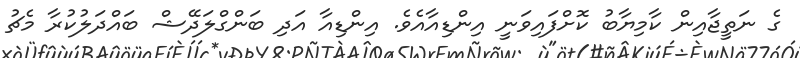
ގެ ނަތީޖާއިން ކާމިޔާބު ކޮށްފައިވަނީ އިންޑިއާއެވެ. އިންޑިއާ އަދި ބަންގްލަދޭޝް ބައްދަލުކުރާ މެޗު